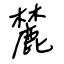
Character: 麓